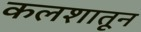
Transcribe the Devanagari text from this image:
कलशातून